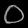
Digit: ၀